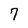
Character: 7